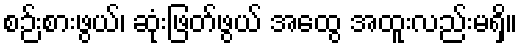
စဉ်းစားဖွယ်၊ ဆုံးဖြတ်ဖွယ် အထွေ အထူးလည်းမရှိ။